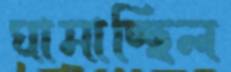
ঘামাচ্ছিল